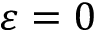
\varepsilon = 0